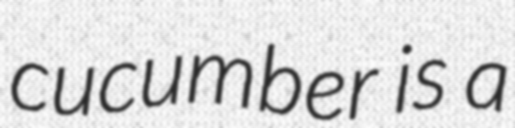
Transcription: cucumber is a